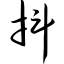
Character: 抖